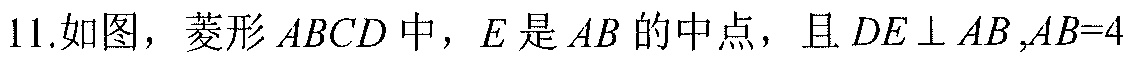
11.如图，菱形\(ABCD\)中，\(E\)是\(AB\)的中点，且\(DE\perp AB\),\(AB = 4\)